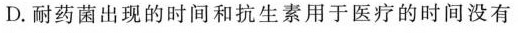
D.耐药菌出现的时间和抗生素用于医疗的时间没有